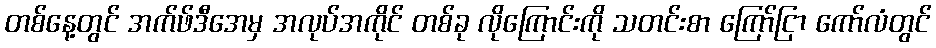
တစ်နေ့တွင် အက်ဖ်ဒီအေမှ အလုပ်အကိုင် တစ်ခု လိုကြောင်းကို သတင်းစာ ကြော်ငြာ ကော်လံတွင်